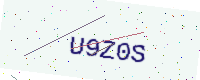
Text: U9Z0S